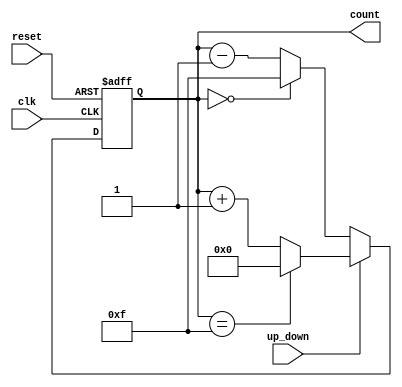
module UpDownCounter #(
    parameter n = 4  // Parameter to define the bit width of the counter
)(
    input wire clk,          // Clock signal
    input wire reset,        // Asynchronous reset signal
    input wire up_down,      // Control signal for counting direction
    output reg [n-1:0] count // n-bit output for the current count value
);

    // Always block for counter logic
    always @(posedge clk or posedge reset) begin
        if (reset) begin
            count <= 0; // Reset the counter to 0
        end else begin
            if (up_down) begin
                // Count up
                count <= (count == {n{1'b1}}) ? 0 : count + 1; // Wrap around to 0 if maximum count is reached
            end else begin
                // Count down
                count <= (count == 0) ? {n{1'b1}} : count - 1; // Wrap around to maximum count if at 0
            end
        end
    end

endmodule